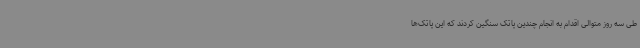
طی سه روز متوالی اقدام به انجام چندین پاتک سنگین کردند که این پاتک‌ها